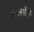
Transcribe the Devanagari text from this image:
कालगेंदों